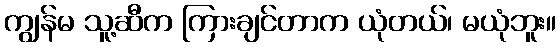
ကျွန်မ သူ့ဆီက ကြားချင်တာက ယုံတယ်၊ မယုံဘူး။